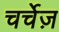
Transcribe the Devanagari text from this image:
चर्चेज़